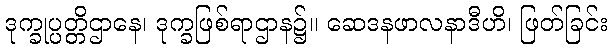
ဒုက္ခုပ္ပတ္တိဌာနေ၊ ဒုက္ခဖြစ်ရာဌာန၌။ ဆေဒနဖာလနာဒီဟိ၊ ဖြတ်ခြင်း